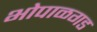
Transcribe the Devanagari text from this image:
भोपाळगड